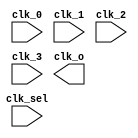
// This program was cloned from: https://github.com/chipsalliance/aib-phy-hardware
// License: Apache License 2.0

// SPDX-License-Identifier: Apache-2.0
// Copyright (C) 2019 Intel Corporation. 
//****************************************************************************************
//  2011 Altera Corporation. 
//
//****************************************************************************************

//------------------------------------------------------------------------
// Description: standard 4:1 clock mux, built of three 2:1 muxes
//              clk_sel = 00, clk_o = clk_0 
//              clk_sel = 01, clk_o = clk_1 
//              clk_sel = 10, clk_o = clk_2 
//              clk_sel = 11, clk_o = clk_3 
//------------------------------------------------------------------------

module altr_hps_ckmux41
    (
    input  wire              clk_0,     // clock 0
    input  wire              clk_1,     // clock 1
    input  wire              clk_2,     // clock 2
    input  wire              clk_3,     // clock 3
    input  wire  [1:0]       clk_sel,   // clock selector
    output wire              clk_o      // clock out
     );

     wire clk_mux_a;
     wire clk_mux_b;
     
`ifdef ALTR_HPS_INTEL_MACROS_OFF
    assign clk_mux_a = clk_sel[0] ? clk_1 : clk_0;
    assign clk_mux_b = clk_sel[0] ? clk_3 : clk_2;
    
    assign clk_o     = clk_sel[1] ? clk_mux_b : clk_mux_a;
`else

`endif

endmodule // altr_hps_ckmux41